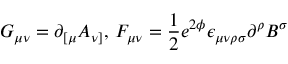
G _ { \mu \nu } = \partial _ { [ \mu } A _ { \nu ] } , \, F _ { \mu \nu } = \frac { 1 } { 2 } e ^ { 2 \phi } \epsilon _ { \mu \nu \rho \sigma } \partial ^ { \rho } B ^ { \sigma }